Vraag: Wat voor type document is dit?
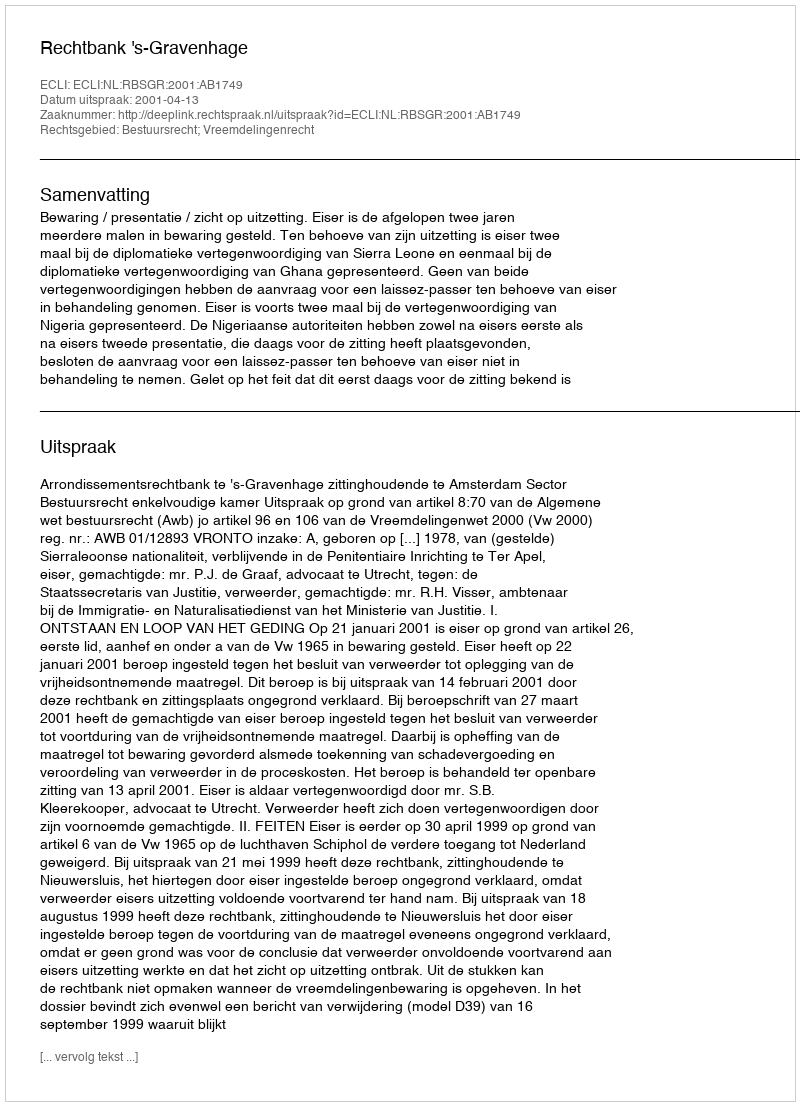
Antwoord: Uitspraak